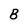
Character: B